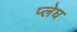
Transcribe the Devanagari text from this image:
प्लेघ